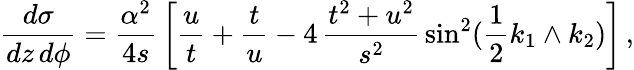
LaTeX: \frac{d\sigma}{dz\, d\phi}=\frac{\alpha^{2}}{4s}\, \bigg[\frac{u}{t}+\frac{t}{u}-4\, \frac{t^{2}+u^{2}}{s^{2}}\, \mathrm{sin}^{2}(\frac{1}{2}k_{1}\wedge k_{2})\bigg]\, ,